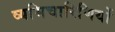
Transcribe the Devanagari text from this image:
व्यभिचारिणियों